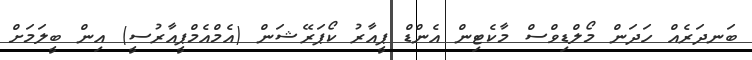
ބަނދަރެއް ހަދަން މޯލްޑިވްސް މާކެޓިން އެންޑް ޕީއާރު ކޯޕަރޭޝަން (އެމްއެމްޕީއާރުސީ) އިން ބީލަމަށް